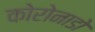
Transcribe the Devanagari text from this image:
कोरोनाडो